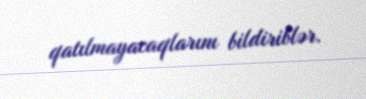
qatılmayacaqlarını bildiriblər.